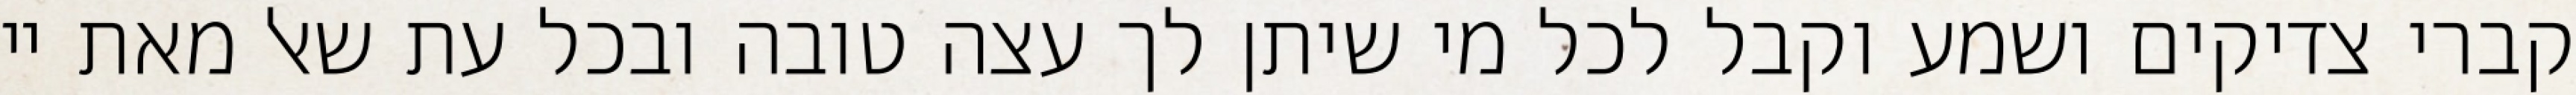
קברי צדיקים ושמע וקבל לכל מי שיתן לך עצה טובה ובכל עת שאל מאת יי